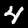
Label: 4